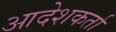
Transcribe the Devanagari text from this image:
आदेशकर्ता